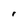
Character: i